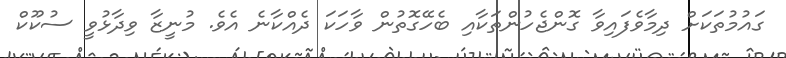
ގައުމުތަކަށް ދިމާވެފައިވާ ގޮންޖެހުންތަކާއި ބެހޭގޮތުން ވާހަކަ ދެއްކާނެ އެވެ. މުނީޒާ ވިދާޅުވީ ސުކޫކް